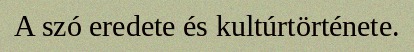
A szó eredete és kultúrtörténete.